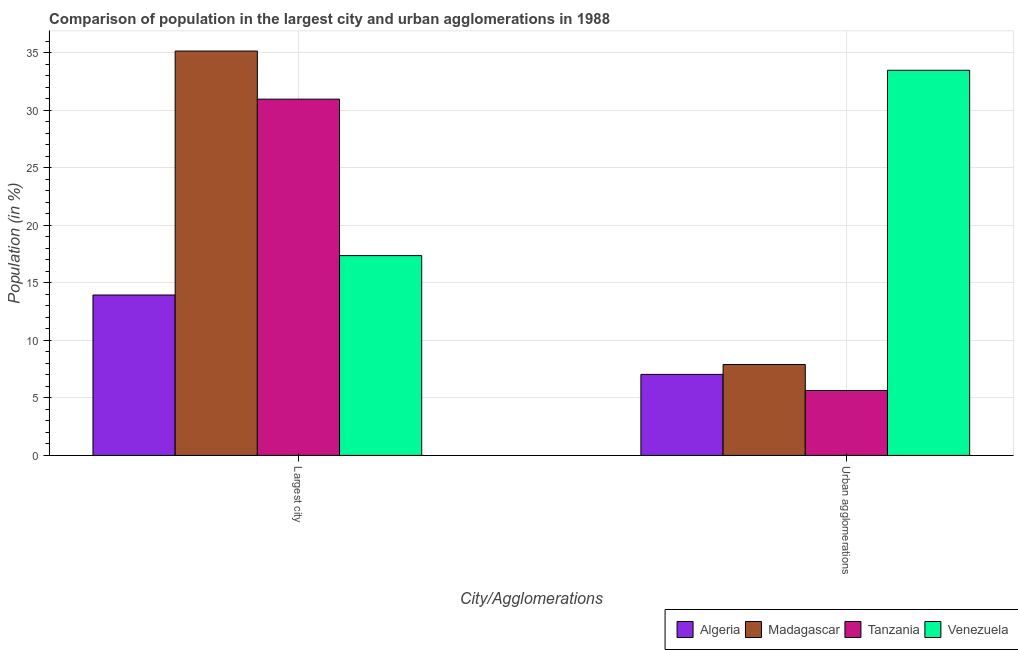
| City/Agglomerations | Algeria | Madagascar | Tanzania | Venezuela |
 | --- | --- | --- | --- | --- |
 | Largest city | 13.9 | 35.1 | 31 | 17.4 |
 | Urban agglomerations | 7.04 | 7.9 | 5.64 | 33.5 |